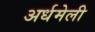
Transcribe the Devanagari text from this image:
अर्धमेली